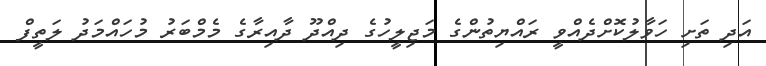
އަދި ތަށި ހަވާލުކޮށްދެއްވީ ރައްޔިތުންގެ މަޖިލީހުގެ ދިއްދޫ ދާއިރާގެ މެމްބަރު މުހައްމަދު ލަތީފް